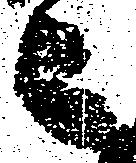
ニ